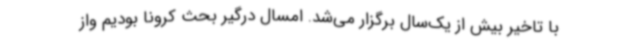
با تاخیر بیش از یک‌سال برگزار می‌شد. امسال درگیر بحث کرونا بودیم واز